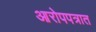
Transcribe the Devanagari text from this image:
आरोपपत्रात